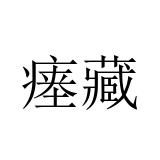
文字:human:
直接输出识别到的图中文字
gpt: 瘗藏